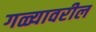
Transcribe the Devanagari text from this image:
गळ्यावरील